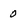
Character: O